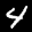
Label: 4